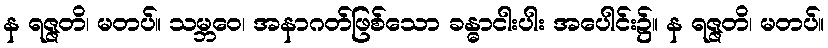
န ရဇ္ဇတိ၊ မတပ်။ သမ္ဘဝေ၊ အနာဂတ်ဖြစ်သော ခန္ဓာငါးပါး အပေါင်း၌။ န ရဇ္ဇတိ၊ မတပ်။